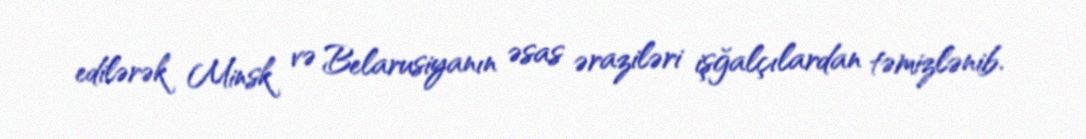
edilərək Minsk və Belarusiyanın əsas əraziləri işğalçılardan təmizlənib.